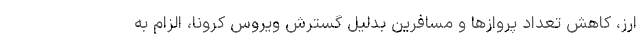
ارز، کاهش تعداد پروازها و مسافرین بدلیل گسترش ویروس کرونا، الزام به